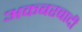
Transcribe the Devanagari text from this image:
अकबरबादी